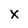
Character: X